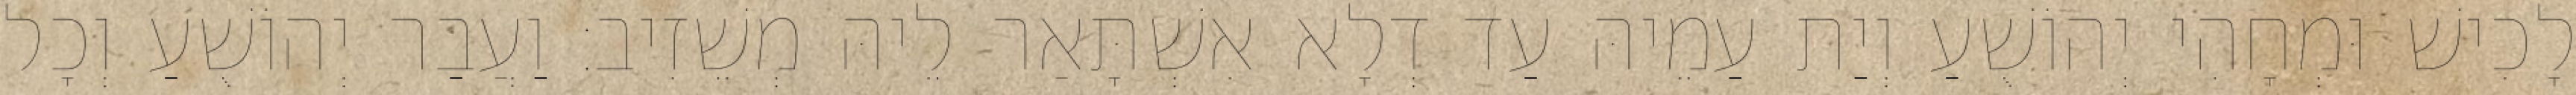
לָכִישׁ וּמְחָהִי יְהוֹשֻׁעַ וְיַת עַמֵיהּ עַד דְלָא אִשְׁתָּאַר לֵיהּ מְשֵׁזִיב׃ וַעֲבַר יְהוֹשֻׁעַ וְכָל